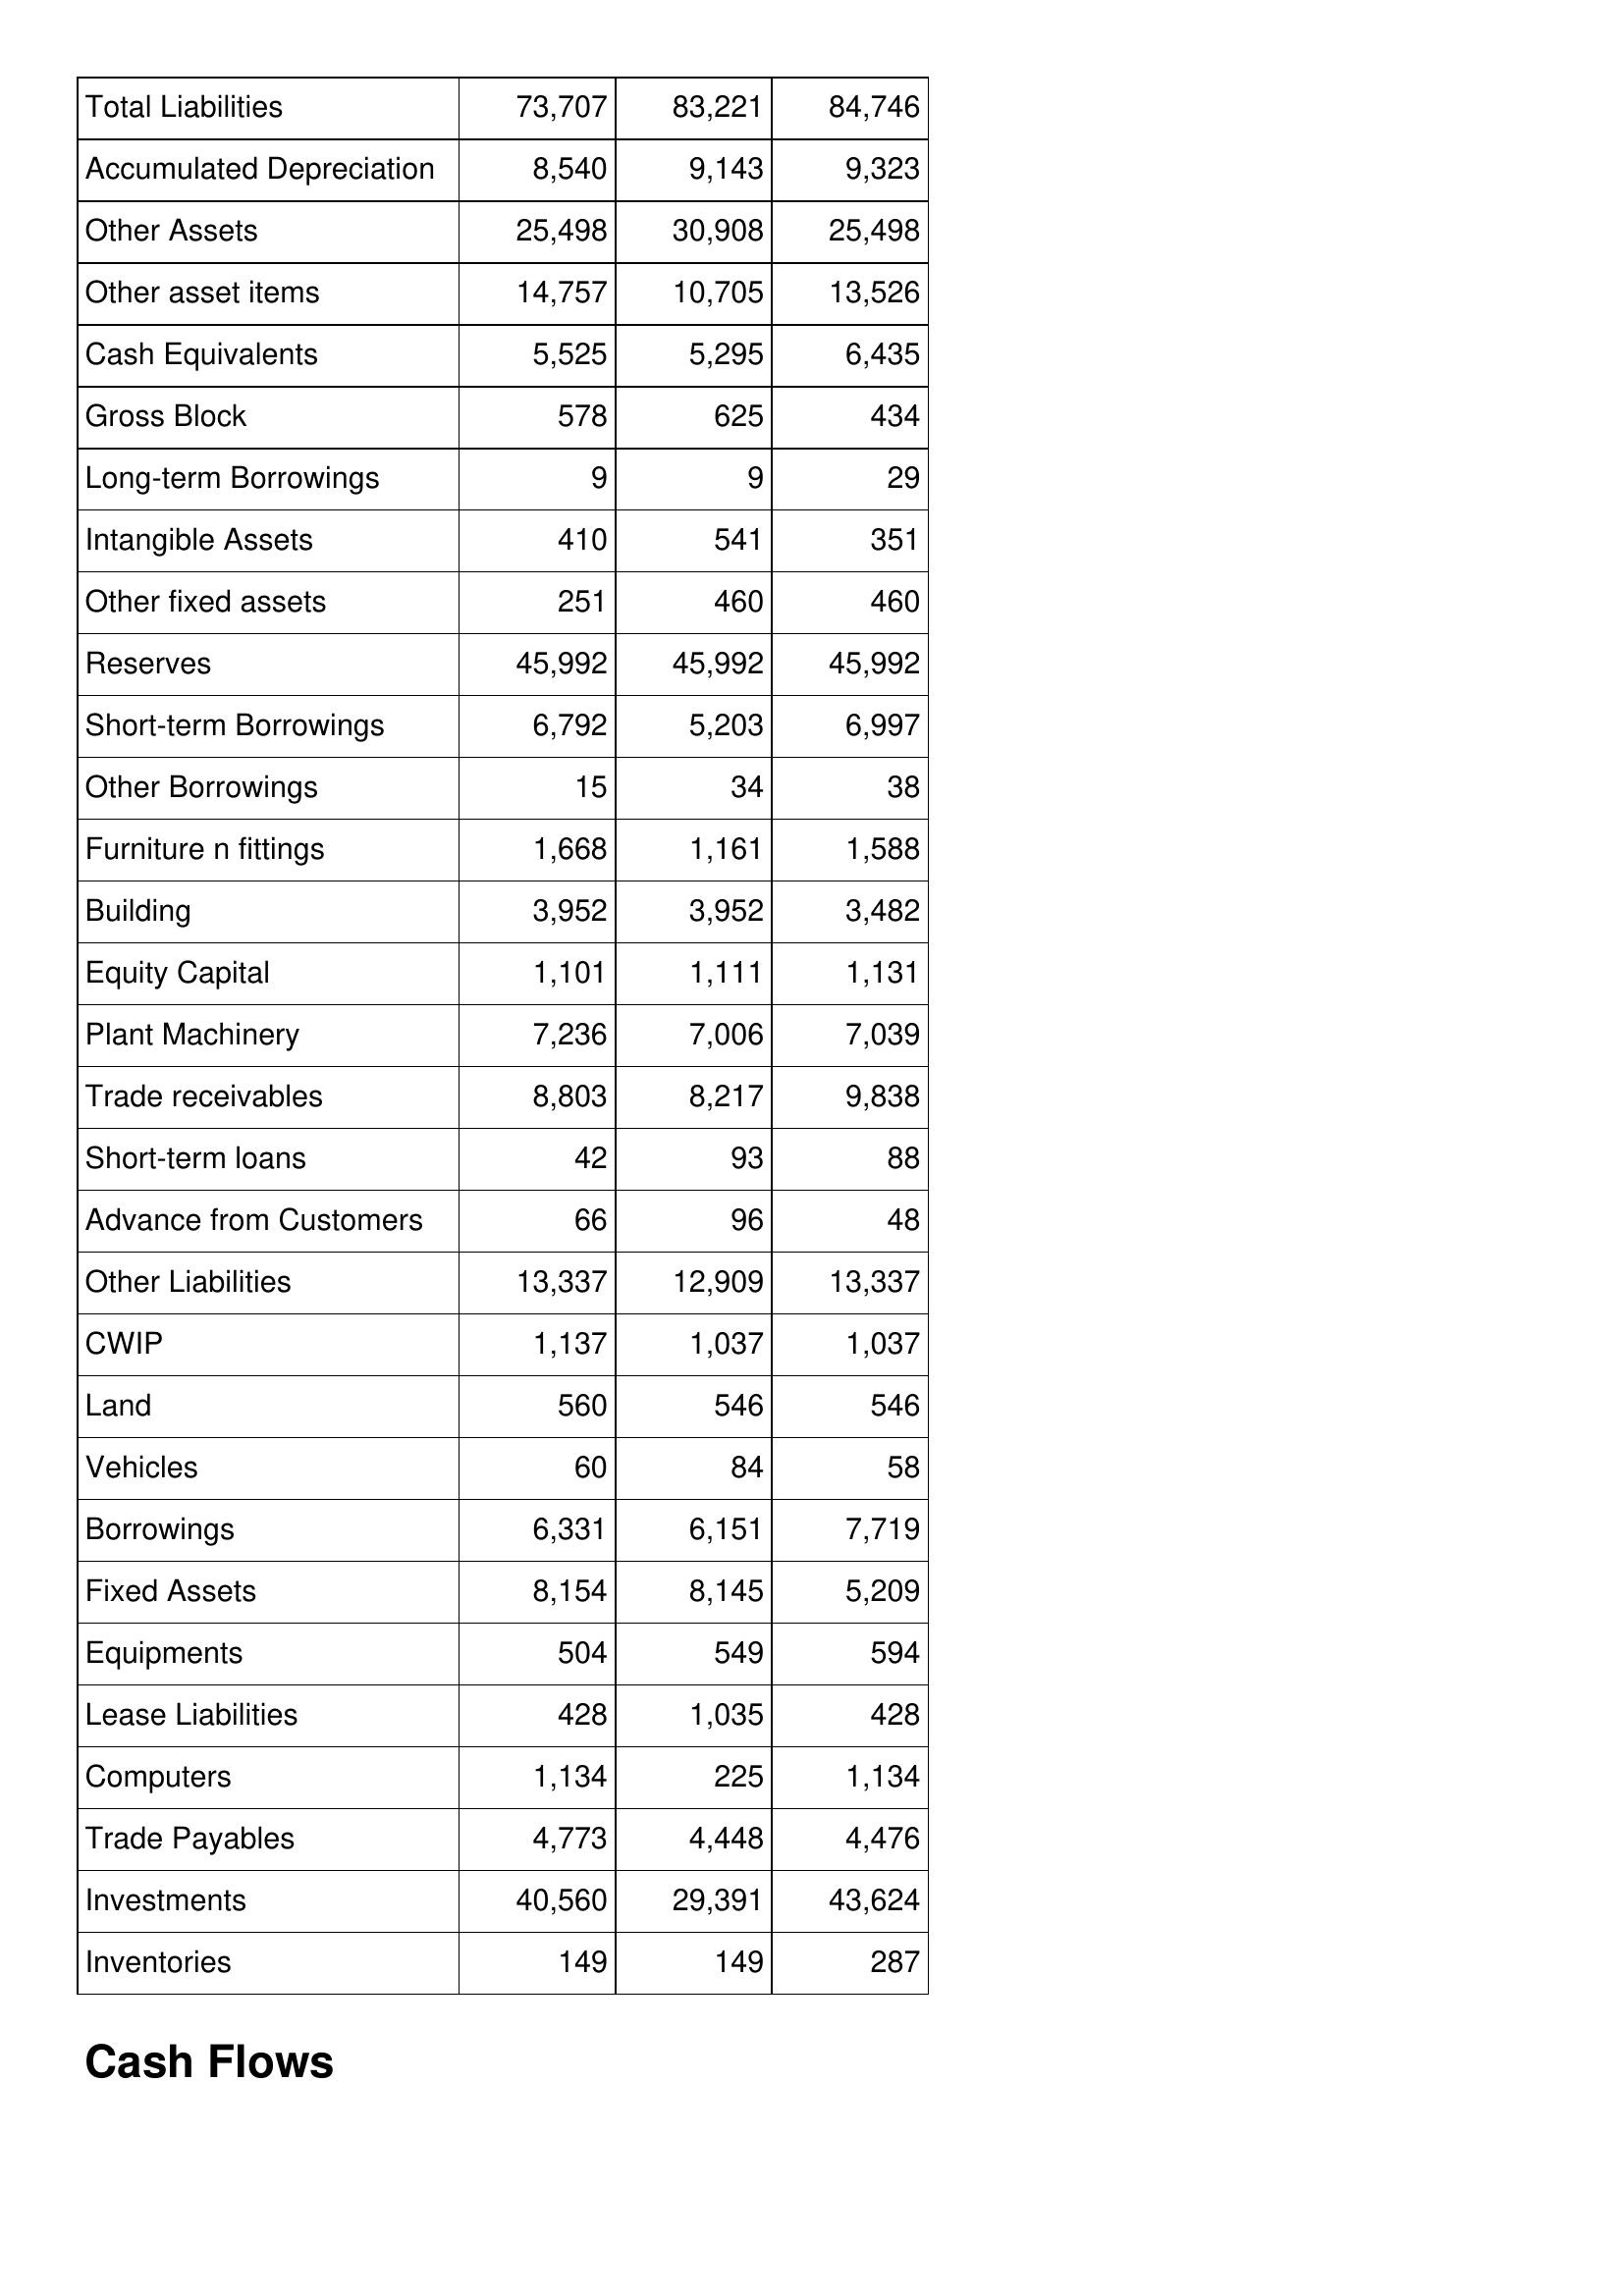
Mar-08: Balance Sheet: Total Liabilities: 73,707
Accumulated Depreciation: 8,540
Other Assets: 25,498
Other asset items: 14,757
Cash Equivalents: 5,525
Gross Block: 578
Long-term Borrowings: 9
Intangible Assets: 410
Other fixed assets: 251
Reserves: 45,992
Short-term Borrowings: 6,792
Other Borrowings: 15
Furniture n fittings: 1,668
Building: 3,952
Equity Capital: 1,101
Plant Machinery: 7,236
Trade receivables: 8,803
Short-term loans: 42
Advance from Customers: 66
Other Liabilities: 13,337
CWIP: 1,137
Land: 560
Vehicles: 60
Borrowings: 6,331
Fixed Assets: 8,154
Equipments: 504
Lease Liabilities: 428
Computers: 1,134
Trade Payables: 4,773
Investments: 40,560
Inventories: 149
Mar-07: Balance Sheet: Total Liabilities: 83,221
Accumulated Depreciation: 9,143
Other Assets: 30,908
Other asset items: 10,705
Cash Equivalents: 5,295
Gross Block: 625
Long-term Borrowings: 9
Intangible Assets: 541
Other fixed assets: 460
Reserves: 45,992
Short-term Borrowings: 5,203
Other Borrowings: 34
Furniture n fittings: 1,161
Building: 3,952
Equity Capital: 1,111
Plant Machinery: 7,006
Trade receivables: 8,217
Short-term loans: 93
Advance from Customers: 96
Other Liabilities: 12,909
CWIP: 1,037
Land: 546
Vehicles: 84
Borrowings: 6,151
Fixed Assets: 8,145
Equipments: 549
Lease Liabilities: 1,035
Computers: 225
Trade Payables: 4,448
Investments: 29,391
Inventories: 149
Mar-06: Balance Sheet: Total Liabilities: 84,746
Accumulated Depreciation: 9,323
Other Assets: 25,498
Other asset items: 13,526
Cash Equivalents: 6,435
Gross Block: 434
Long-term Borrowings: 29
Intangible Assets: 351
Other fixed assets: 460
Reserves: 45,992
Short-term Borrowings: 6,997
Other Borrowings: 38
Furniture n fittings: 1,588
Building: 3,482
Equity Capital: 1,131
Plant Machinery: 7,039
Trade receivables: 9,838
Short-term loans: 88
Advance from Customers: 48
Other Liabilities: 13,337
CWIP: 1,037
Land: 546
Vehicles: 58
Borrowings: 7,719
Fixed Assets: 5,209
Equipments: 594
Lease Liabilities: 428
Computers: 1,134
Trade Payables: 4,476
Investments: 43,624
Inventories: 287